Civil Veterinary Department. Madras. Admin. report 1926-33 - 1926-1933
Year: 1926
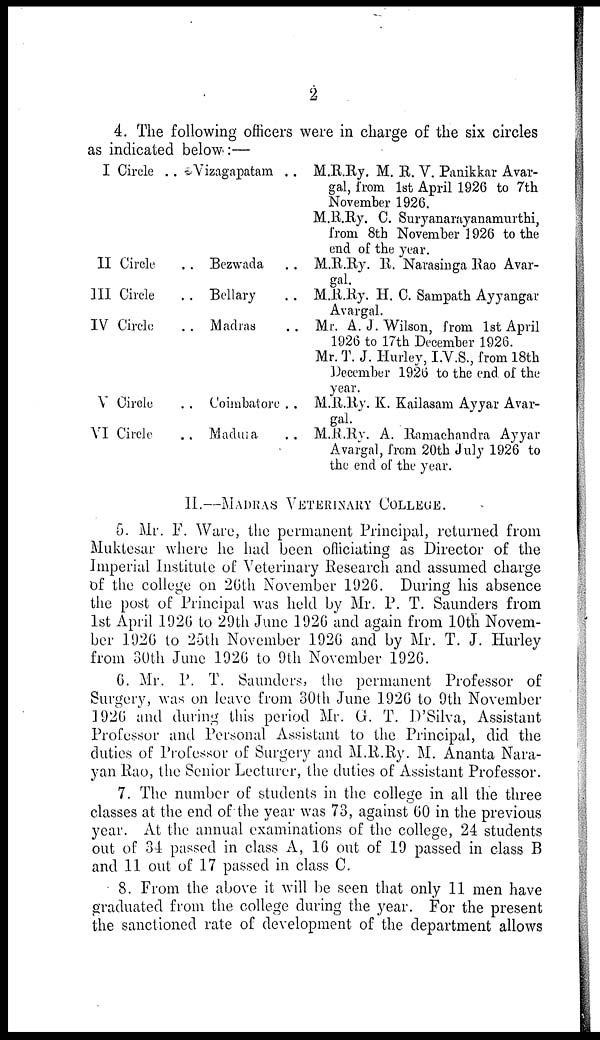
2
4. The following officers were in charge of the six circles
as indicated below:—
I Circle ..
II Circle ..
III Circle ..
IV Circle ..
V Circle ..
VI Circle ..
Vizagapatam ..
Bezwada ..
Bellary ..
Madras ..
Coimbatore ..
Madura ..
M.R.Ry. M. B. V. Panikkar Avar-
gal, from 1st April 1926 to 7th
November 1926.
M.R.Ry. C. Suryanarayanamurthi,
from 8th November 1926 to the
end of the year.
M.R.Ry. B. Narasinga Rao Avar-
gal.
M.R.Ry. H. C. Sampath Ayyangar
Avargal.
Mr. A. J. Wilson, from 1st April
1926 to 17th December 1926.
Mr. T. J. Hurley, I.V.S., from 18th
December 1926 to the end of the
year.
M.R.Ry. K. Kailasam Ayyar Avar-
gal.
M.R.Ry. A. Ramachandra Ayyar
Avargal, from 20th July 1926 to
the end of the year.
II.—MADRAS VETERINARY COLLEGE.
G. Mr. F. Ware, the permanent Principal, returned from
Muktesar where he had been officiating as Director of the
Imperial Institute of Veterinary Research and assumed charge
of the college on 26th November 1926. During his absence
the post of Principal was held by Mr. P. T. Saunders from
1st April 1926 to 29th June 1926 and again from 10th Novem-
ber 1926 to 25th November 1926 and by Mr. T. J. Hurley
from 30th June 1926 to 9th November. 1926.
6. Mr. P. T. Saunders, the permanent Professor of
Surgery, was on leave from 30th June 1926 to 9th November
1926 and during this period Mr. G. T. D'Silva, Assistant
Professor and Personal Assistant to the Principal, did the
duties of Professor of Surgery and M.R.Ry. M. Ananta Nara-
yan Rao, the Senior Lecturer, the duties of Assistant Professor.
7. The number of students in the college in all the three
classes at the end of the year was 73, against 00 in the previous
year. At the annual examinations of the college, 24 students
out of 34 passed in class A, 16 out of 19 passed in class B
and 11 out of 17 passed in class C.
8. From the above it will be seen that only 11 men have
graduated from the college during the year. For the present
the sanctioned rate of development of the department allows